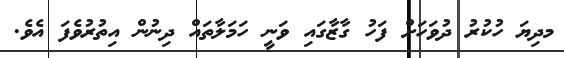
މދިޔަ ހުކުރު ދުވަހަށް ފަހު ގާޒާގައި ވަނީ ހަމަލާތައް ދިނުން އިތުރުވެފަ އެވެ.